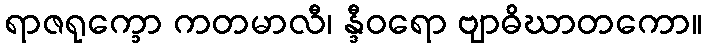
ရာဇရုက္ခော ကတမာလီ၊ န္ဒီဝရော ဗျာဓိဃာတကော။